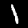
Label: 1